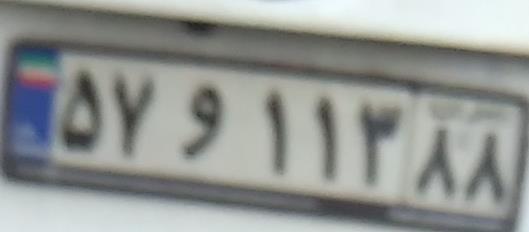
۵۷و۱۱۳۸۸